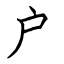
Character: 户